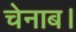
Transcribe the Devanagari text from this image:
चेनाब।